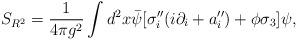
LaTeX: \begin{align*}S_{R^2}=\frac{1}{4\pi g^2}\int d^2 x \bar\psi[\sigma''_i(i\partial_i+a''_i)+\phi\sigma_3]\psi,\end{align*}